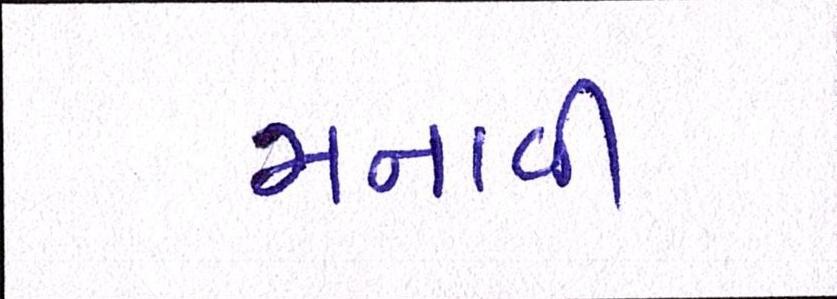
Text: મનાવી